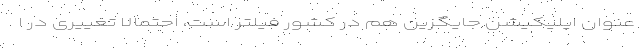
‌عنوان اپلیکیشن جایگزین هم در کشور فیلتر است، احتمالا تغییری در ا